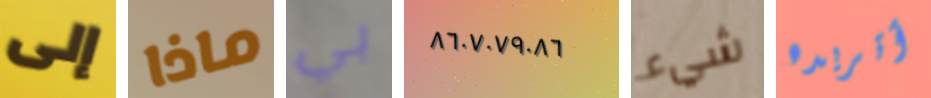
إلى ماذا بي ٨٦٠٧٠٧٩٠٨٦ شيء أتريده